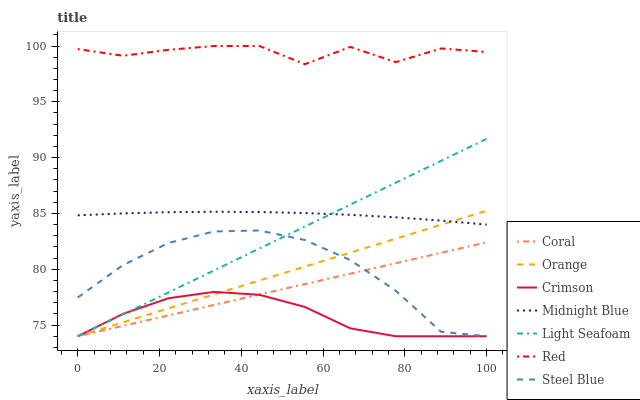
| xaxis_label | Coral | Orange | Crimson | Midnight Blue | Light Seafoam | Red | Steel Blue |
 | --- | --- | --- | --- | --- | --- | --- | --- |
 | 0 | 74 | 74 | 74 | 84.8 | 74 | 99.7 | 77.5 |
 | 11.1 | 74.9 | 75.2 | 76 | 85 | 76 | 99.1 | 80.4 |
 | 22.2 | 75.9 | 76.5 | 77.4 | 85.1 | 77.9 | 99.7 | 82.4 |
 | 33.3 | 76.8 | 77.7 | 78 | 85.2 | 79.9 | 100 | 83.4 |
 | 44.4 | 77.7 | 79 | 77.7 | 85.1 | 81.9 | 100 | 83.5 |
 | 55.6 | 78.7 | 80.2 | 76.6 | 85 | 83.8 | 98.4 | 82.6 |
 | 66.7 | 79.6 | 81.5 | 74.7 | 84.9 | 85.8 | 99.9 | 80.8 |
 | 77.8 | 80.5 | 82.7 | 74 | 84.7 | 87.8 | 98.6 | 78.1 |
 | 88.9 | 81.5 | 84 | 74 | 84.4 | 89.7 | 99.8 | 74.4 |
 | 100 | 82.4 | 85.2 | 74 | 84 | 91.7 | 99.5 | 74 |